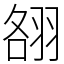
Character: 䎊